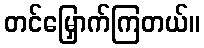
တင်မြှောက်ကြတယ်။